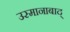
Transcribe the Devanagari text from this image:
उस्मानाबाद्